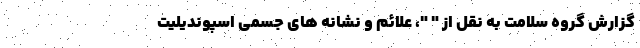
گزارش گروه سلامت به نقل از " "، علائم و نشانه های جسمی اسپوندیلیت